Calcutta medical institutions reports 1892-1900
Year: 1892
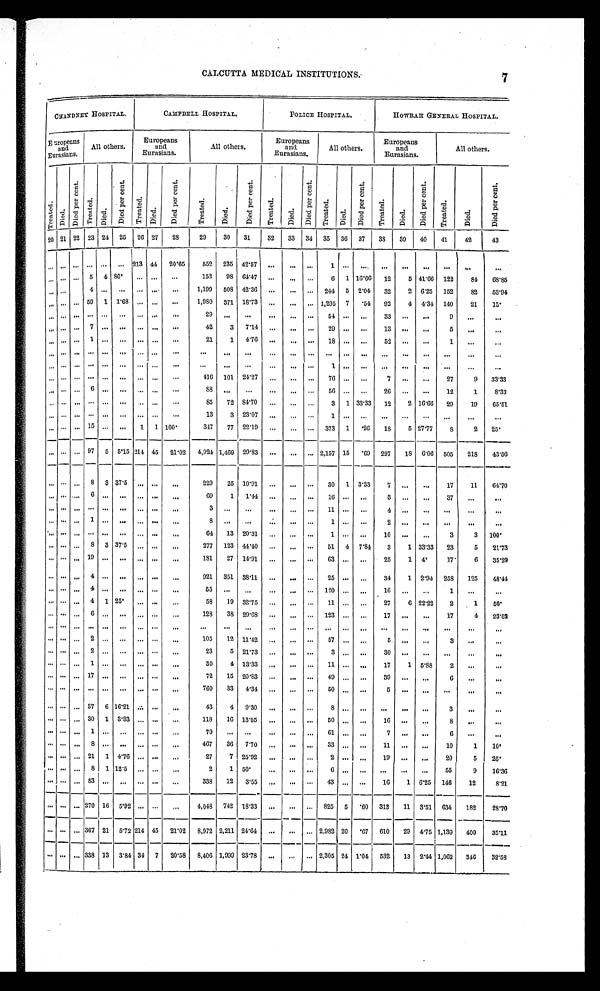
CALCUTTA MEDICAL INSTITUTIONS.
CHANDNEY HOSPITAL.
CAMPBELL HOSPITAL.
POLICE HOSPITAL.
HOWRAH GENERAL HOSPITAL.
Europeans
and
Eurasians.
All others.
Europeans
and
Eurasians.
All others.
Europeans
and
Eurasians.
All others.
Europeans
and
Eurasians.
All others.
Tr eat ed.
Died.
D i e d p e r c e n t .
Tr e a t e d .
Died.
Di e d p e r c e n t .
Treat ed. Di ed.
Di e d p e r c e n t .
Treat ed.
Died.
Di e d pe r c e nt .
Treat ed.
Died
D i e d p e r c e nt .
Tr eat ed.
Died.
D i e d p e r c e n t .
Treated.
Died.
Di e d pe r c e nt .
Treated.
Di ed.
Di ed per cent .
29
30
31
32
33 31 35 36 37
38 39
40
41
42
43
22 23 24 25 26 27
28
21
20
. . .
. . . . . . . . . . . . . . . 213 44 20.65
552 235 42. 57 . . . . . . . . .
1
. . .
. . .
. . .
. . .
. . .
. . .
. . .
. . .
. . . 5 4 80. . . . . . .
. . .
152
98 64.47 . . .
. . . . . .
6 1 16.66
12
5 41.66 122
8 4
68.85
. . . . . .
. . . . . .
4
. . .
. . . . . . . . .
. . . 1,199 508 42.36
. . .
. . .
. . . 244 5 2.04 32
2 6.25 152
82
53.94
. . . . . . . . . 59 1 1.68
. . .
. . .
. . .
1,980 371 18.73
. . .
. . .
. . . 1,295 7
. 5 4 92
4 4.34 140
21
1 5 .
. . .
. . . . . .
. . .
. . .
. . .
. . .
. . . . . .
2 9
. . .
. . .
. . .
. . .
. . .
54
. . . . . . 33
. . . . . .
9
. . .
. . .
. . . . . .
. . . 7
. . .
. . .
. . .
. . .. . .
42
3 7.14
. . .
. . .
. . . 29
. . .
. . .
13
. . .
. . .
5
. . .
. . .
. . . . . .
. . . 1 . . .
. . .
. . .
. . .
. . .
21
1 4.76
. . .
. . .
. . . 18
. . .
. . .
52
. . .
. . .
1
. . .
. . .
. . . . . .
. . . . . .
. . .
. . .
. . .
. . .
. . .
. . .
. . .
. . .
. . .
. . .
. . .
. . .
. . . . . .
. . .
. . .
. . .
. . .
. . .
. . .
. . . . . .
. . . . . .
. . .
. . .
. . .
. . .
. . .
. . .
. . .
. . .
. . .
. . .
. . .
1
. . . . . .
. . .
. . .
. . .
. . .
. . .
. . .
. . . . . .
. . . . . .
. . .
. . .
. . .
. . .
. . .
416 101 24.27
. . .
. . .
. . . 76
. . .
. . .
7
. . .
. . . 27
9
33.33
. . . . . .
. . .
6 . . .
. . .
. . .
. . .
. . .
8 8
. . .
. . .
. . . . . .
. . . 56
. . .
. . .
26
. . .
. . .
12
1
8.33
. . . . . .
. . .
. . .
. . .
. . .
. . . . . .
. . .
85
72 84.70
. . .
. . .
. . .
3 1 33.33
12
2 16.66
29
19
65.51
. . . . . .
. . .
. . .
. . .
. . .
. . .
. . .
. . .
13
3 23.07
. . .
. . .
. . .
1
. . .
. . .
. . .
. . .
. . .
. . .
. . .
. . .
. . . . . . . . . 15
. . .
. . .
1 1 100.
347
77
22.19
. . .
. . .
. . . 373 1
. 2 6 18
5 27.77
8
2
2 5 .
. . . . . . . . .
97 5
5 . 1 5
2 1 4
45 21.02 4,924 1,469 29.83
. . .
. . .
. . . 2,157 15
. 6 9 297
18 6.06 505
218
43.56
. . .
. . .
. . .
8 3 37.5
. . . . . .
. . .
229
25 10.91
. . .
. . .
. . . 30 1 3.33
7
. . . . . .
17
11
64.70
. . .
. . .
. . .
6
. . .
. . .
. . .
. . .
. . .
69
1 1.44
. . .
. . .
. . . 16
. . .
. . .
3
. . .
. . .
37
. . .
. . .
. . .
. . .
. . .
. . . . . .
. . .
. . .
. . .
. . .
3
. . .
. . .
. . .
. . .
. . .
1 1
. . . . . .
4
. . .
. . .
. . .
. . .
. . .
. . . . . .
. . .
1
. . .
. . .
. . .
. . .
. . .
8
. . .
. . .
. . .
. . .
. . .
1
. . . . . .
2
. . .
. . .
. . .
. . .
. . .
. . .
. . . . . .
. . . . . .
. . .
. . .
. . .
. . .
6 4
13
20.31
. . .
. . .
. . .
1
. . .
. . .
1 0
. . .
. . .
3
3 1 0 0 .
. . . . . .
. . . 8 3 37.5
. . . . . .
. . .
277 123 44.40
. . .
. . .
. . . 51 4 7.84
3
1 33.33
23
5
21.73
. . .
. . . . . .
1 9 . . .
. . .
. . .
. . .
. . .
181
27 14.91
. . .
. . .
. . . 63
. . .
. . .
25
1
4
17
6
35.29
. . .
. . .
. . .
4
. . .
. . .
. . .
. . .
. . .
921 351 38.11
. . .
. . .
. . . 25
. . .
. . .
34
1 2.94 258
125
48.44
. . .
. . .
. . .
4
. . .
. . .
. . .
. . .
. . .
55
. . .
. . .
. . .
. . .
. . . 120
. . .
. . .
16
. . .
. . .
1
. . . . . .
. . .
. . .
. . .
4
1 25.
. . .
. . .
. . .
58
19 32.75
. . .
. . .
. . . 11
. . .
. . .
27
6 22.22
2
1
50.
. . .
. . .
. . .
6
. . .
. . .
. . .
. . .
. . .
128
38 29.68
. . .
. . .
. . . 123
. . .
. . .
17
. . .
. . .
17
4
23.52
. . .
. . .
. . .
. . .
. . .
. . .
. . .
. . .
. . .
. . .
. . .
. . .
. . .
. . .
. . .
. . .
. . .
. . .
. . .
. . .
. . .
. . .
. . .
. . .
. . .
. . .
. . . 2
. . .
. . .
. . .
. . .
. . .
105
12 11.42
. . .
. . .
. . . 57
. . .
. . .
5
. . . . . .
3
. . . . . .
. . .
. . .
. . . 2
. . .
. . .
. . .
. . .
. . .
23
5 21.73
. . .
. . .
. . .
3
. . .
. . . 30
. . .
. . .
. . .
. . .
. . .
. . .
. . .
. . .
1
. . .
. . .
. . .
. . .
. . .
30
4 13.33
. . .
. . .
. . . 11
. . .
. . .
17
1 5.88
2
. . . . . .
. . .
. . .
. . . 17
. . .
. . .
. . .
. . .
. . .
72
15 20.83
. . .
. . .
. . . 49
. . .
. . .
3 9
. . .
. . .
6
. . .
. . .
. . .
. . .
. . .
. . .
. . .
. . .
. . .
. . .
. . .
760
33 4.34
. . .
. . .
. . . 50
. . .
. . .
5
. . .
. . .
. . .
. . .
. . .
. . .
. . .
. . .
37 6 16.21
. . .
. . .
. . .
43
4 9.30
. . .
. . .
. . .
8
. . .
. . .
. . .
. . .
. . .
3
. . .
. . .
. . . . . .
. . . 30 1 3.33
. . . . . .
. . .
118
16 13.55
. . .
. . .
. . . 50
. . .
. . .
1 6
. . .
. . .
8
. . .
. . .
. . . . . .
. . .
1
. . .
. . .
. . . . . .
. . .
7 0
. . . . . .
. . .
. . .
. . .
6 1
. . .
. . .
7
. . .
. . .
6
. . . . . .
. . . . . .
. . .
8
. . .
. . .
. . . . . .
. . .
467
36 7.70
. . .
. . .
. . . 33
. . .
. . .
11
. . .
. . .
10
1
10.
. . . . . .
. . . 21 1 4.76
. . .
. . .
. . .
27
7 25.92
. . .
. . .
. . . 2
. . .
. . .
19
. . .
. . .
20
5
25.
. . . . . .
. . . 8 1 12.5
. . .
. . .
. . .
2
1 50.
. . .
. . .
. . .
6
. . .
. . .
. . .
. . .
. . .
55
9
16.36
. . . . . .
. . .
8 3
. . .
. . .
. . . . . .
. . .
338
12
3.55
. . .
. . .
. . . 43
. . .
. . .
16
1 6.25 146
12
8.21
. . . . . .
. . . 270 16 5.92
. . .
. . .
. . . 4,048 742 18.33
. . .
. . .
. . . 825 5 .60 313
11 3.51 634
182
28.70
. . . . . .
. . . 367 21 5.72 214 45 21.02 8,972 2,211 24.64
. . .
. . .
. . . 2,982 20 .67 610
29 4.75 1,139
400
35.11
. . . . . .
. . . 338 13 3.84 34 7
20.58
8,406 1,999 23.78
. . .
. . .
. . . 2,305 24 1.04 532
13 2.44 1,062
346
32.58
7